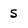
Character: 5